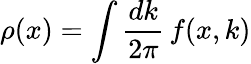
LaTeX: \rho(x)=\int\frac{dk}{2\pi}\, f(x,k)